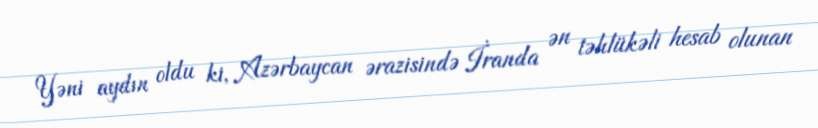
Yəni aydın oldu ki, Azərbaycan ərazisində İranda ən təhlükəli hesab olunan